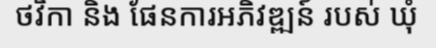
ថវិកា និង ផែនការអភិវឌ្ឍន៍ របស់ ឃុំ